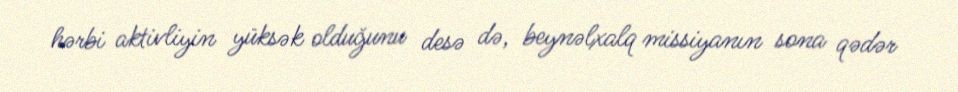
hərbi aktivliyin yüksək olduğunu desə də, beynəlxalq missiyanın sona qədər